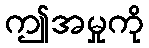
ဤအမှုကို